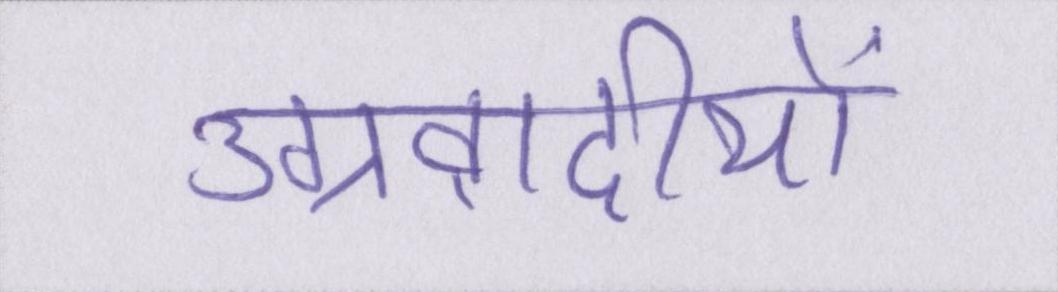
उग्रवादीयों